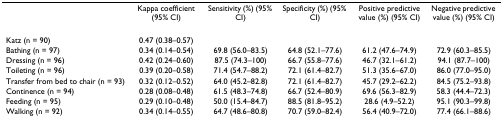
<table><thead><tr><td></td><td><b>Kappa coefficient (95% CI)</b></td><td><b>Sensitivity (%) (95% CI)</b></td><td><b>Specificity (%) (95% CI)</b></td><td><b>Positive predictive value (%) (95% CI)</b></td><td><b>Negative predictive value (%) (95% CI)</b></td></tr></thead><tbody><tr><td>Katz (n = 90)</td><td>0.47 (0.38–0.57)</td><td></td><td></td><td></td><td></td></tr><tr><td>Bathing (n = 97)</td><td>0.34 (0.14–0.54)</td><td>69.8 (56.0–83.5)</td><td>64.8 (52.1–77.6)</td><td>61.2 (47.6–74.9)</td><td>72.9 (60.3–85.5)</td></tr><tr><td>Dressing (n = 96)</td><td>0.42 (0.24–0.60)</td><td>87.5 (74.3–100)</td><td>66.7 (55.8–77.6)</td><td>46.7 (32.1–61.2)</td><td>94.1 (87.7–100)</td></tr><tr><td>Toileting (n = 96)</td><td>0.39 (0.20–0.58)</td><td>71.4 (54.7–88.2)</td><td>72.1 (61.4–82.7)</td><td>51.3 (35.6–67.0)</td><td>86.0 (77.0–95.0)</td></tr><tr><td>Transfer from bed to chair (n = 93)</td><td>0.32 (0.12–0.52)</td><td>64.0 (45.2–82.8)</td><td>72.1 (61.4–82.7)</td><td>45.7 (29.2–62.2)</td><td>84.5 (75.2–93.8)</td></tr><tr><td>Continence (n = 94)</td><td>0.28 (0.08–0.48)</td><td>61.5 (48.3–74.8)</td><td>66.7 (52.4–80.9)</td><td>69.6 (56.3–82.9)</td><td>58.3 (44.4–72.3)</td></tr><tr><td>Feeding (n = 95)</td><td>0.29 (0.10–0.48)</td><td>50.0 (15.4–84.7)</td><td>88.5 (81.8–95.2)</td><td>28.6 (4.9–52.2)</td><td>95.1 (90.3–99.8)</td></tr><tr><td>Walking (n = 92)</td><td>0.34 (0.14–0.55)</td><td>64.7 (48.6–80.8)</td><td>70.7 (59.0–82.4)</td><td>56.4 (40.9–72.0)</td><td>77.4 (66.1–88.6)</td></tr></tbody></table>